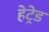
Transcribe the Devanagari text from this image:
हेट्रेड